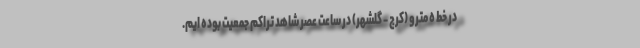
در خط ٥ مترو (کرج - گلشهر) در ساعت عصر شاهد تراکم جمعیت بوده ایم.